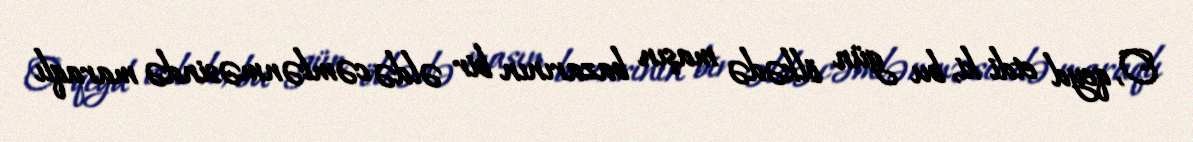
O, qeyd etdi ki, bu gün ölkədə maşın bazarının bir əldə cəmlənməsində maraqlı